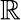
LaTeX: {\sf\mathbb{R}}